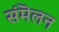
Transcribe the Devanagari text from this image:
संमॆलन